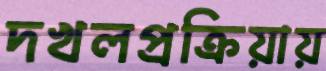
দখলপ্রক্রিয়ায়